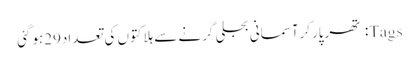
Tags: تھرپارکرآسمانی بجلی گرنے سے ہلاکتوں کی تعداد29ہوگئی